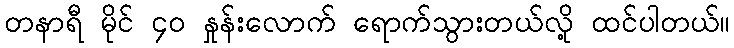
တနာရီ မိုင် ၄ဝ နှုန်းလောက် ရောက်သွားတယ်လို့ ထင်ပါတယ်။